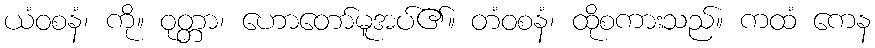
ယံဝစနံ၊ ကို။ ဝုတ္တာ၊ ဟောတော်မူအပ်၏။ တံဝစနံ၊ ထိုစကားသည်။ ကထံ ကေန